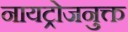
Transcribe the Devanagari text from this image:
नायट्रोजनुक्त